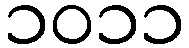
၁၀၁၁